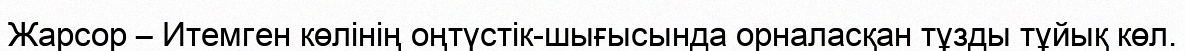
Жарсор – Итемген көлінің оңтүстік-шығысында орналасқан тұзды тұйық көл.